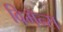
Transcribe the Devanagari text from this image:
विमॅन्स